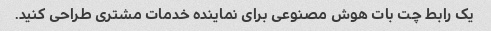
یک رابط چت بات هوش مصنوعی برای نماینده خدمات مشتری طراحی کنید.